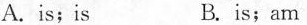
A.is; is B. is;am